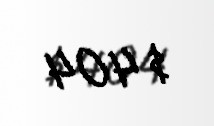
$ 404